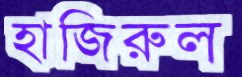
হাজিরুল